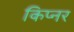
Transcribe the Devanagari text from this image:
किप्नर